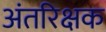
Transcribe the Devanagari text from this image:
अंतरिक्षक